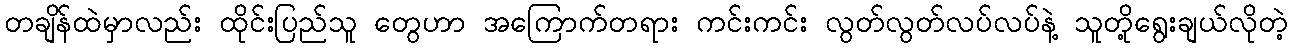
တချိန်ထဲမှာလည်း ထိုင်းပြည်သူ တွေဟာ အကြောက်တရား ကင်းကင်း လွတ်လွတ်လပ်လပ်နဲ့ သူတို့ရွေးချယ်လိုတဲ့